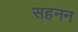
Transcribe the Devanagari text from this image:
सहनन